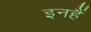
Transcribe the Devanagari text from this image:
इनहैं